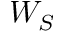
W _ { S }